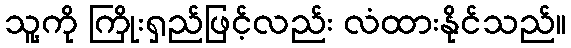
သူ့ကို ကြိုးရှည်ဖြင့်လည်း လံထားနိုင်သည်။